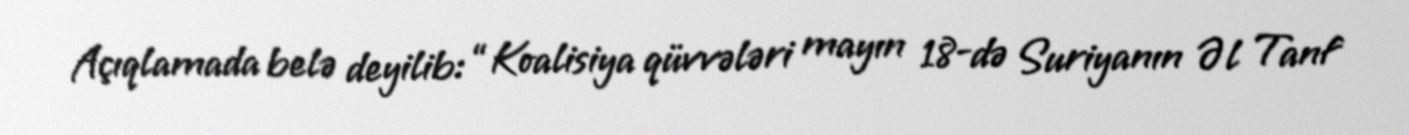
Açıqlamada belə deyilib: “Koalisiya qüvvələri mayın 18-də Suriyanın Əl Tanf